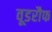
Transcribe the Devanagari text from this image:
वूडरौफ